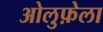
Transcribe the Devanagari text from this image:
ओलुफ़ेला